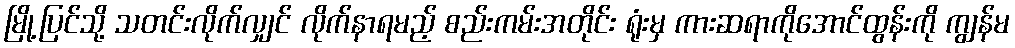
မြို့ပြင်သို့ သတင်းလိုက်လျှင် လိုက်နာရမည့် စည်းကမ်းအတိုင်း ရုံးမှ ကားဆရာကိုအောင်ထွန်းကို ကျွန်မ